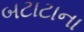
બટાટાના